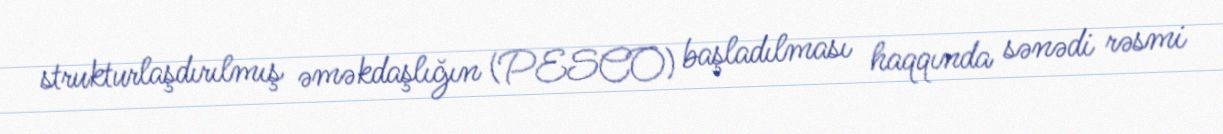
strukturlaşdırılmış əməkdaşlığın (PESCO) başladılması haqqında sənədi rəsmi